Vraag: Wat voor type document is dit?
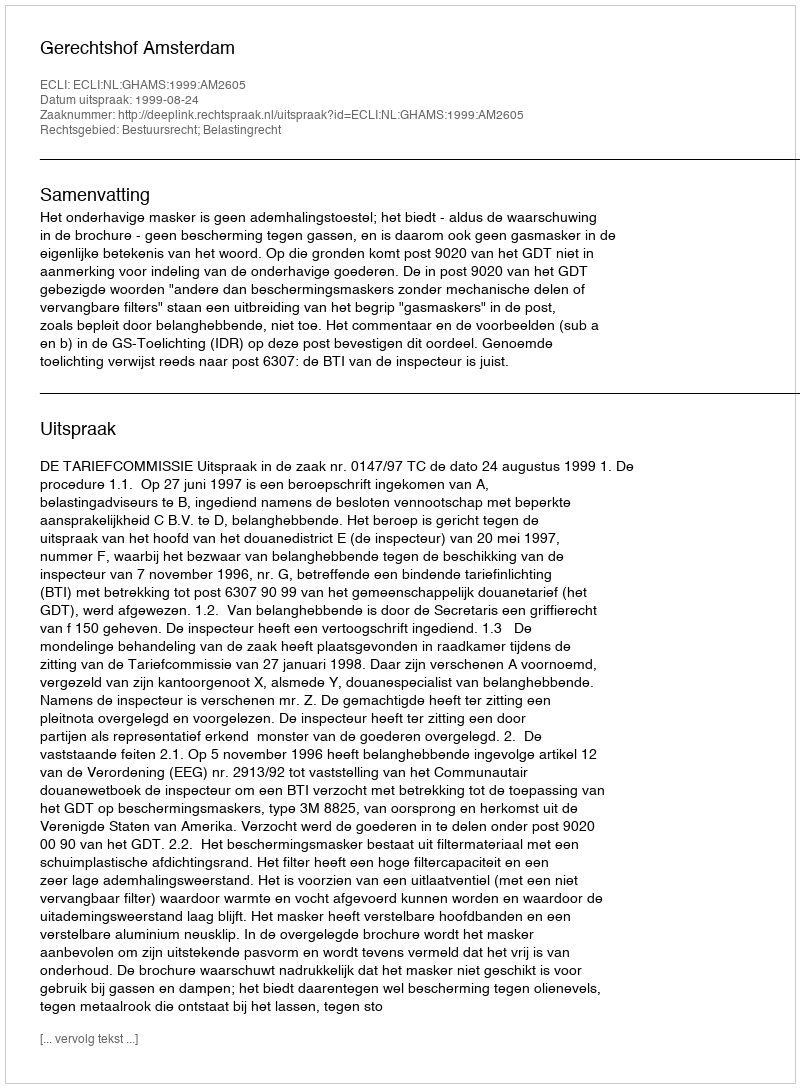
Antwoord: Uitspraak